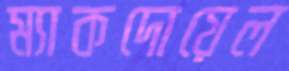
ম্যাকদোয়েল